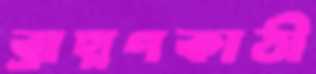
ব্রাহ্মণকাঠী